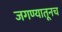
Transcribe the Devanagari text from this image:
जगण्यातूनच